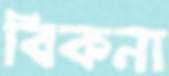
বিকনা